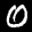
Label: 0